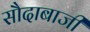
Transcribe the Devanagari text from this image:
सौदाबाजी